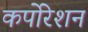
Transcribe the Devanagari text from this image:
कर्पोरेशन